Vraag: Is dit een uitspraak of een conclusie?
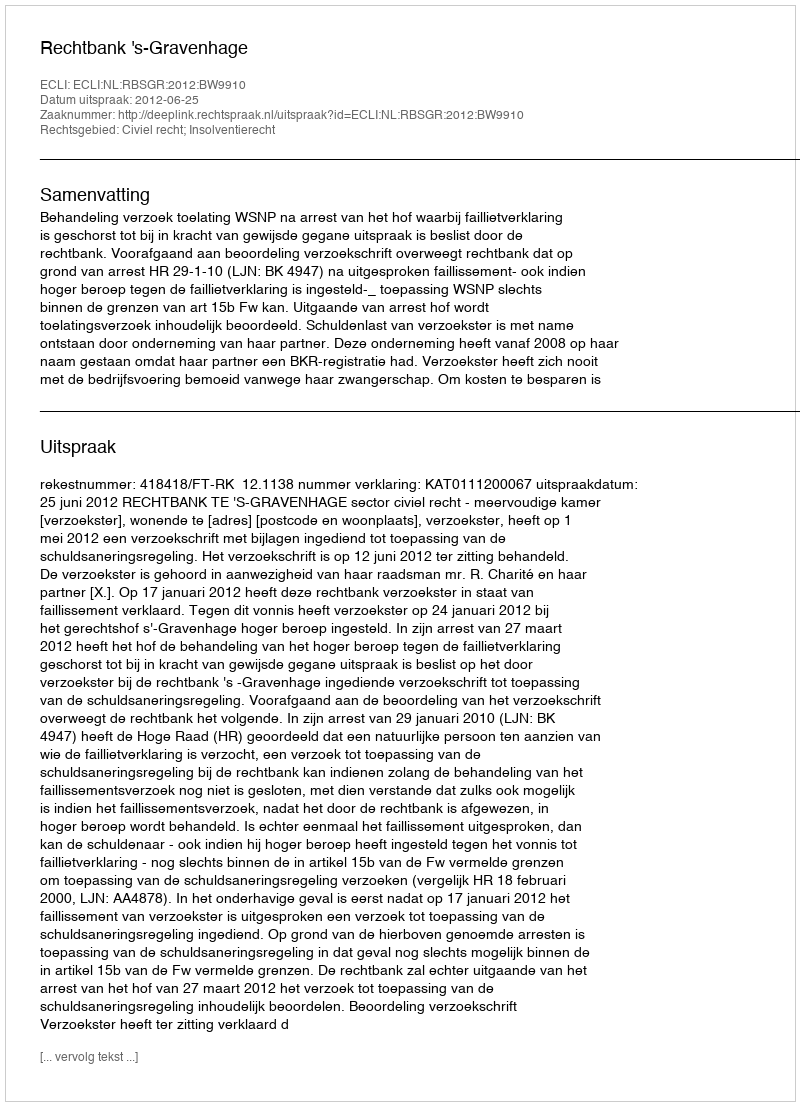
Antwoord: Uitspraak